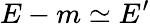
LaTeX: E-m\simeq E^{\prime}